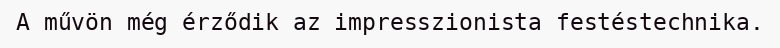
A művön még érződik az impresszionista festéstechnika.